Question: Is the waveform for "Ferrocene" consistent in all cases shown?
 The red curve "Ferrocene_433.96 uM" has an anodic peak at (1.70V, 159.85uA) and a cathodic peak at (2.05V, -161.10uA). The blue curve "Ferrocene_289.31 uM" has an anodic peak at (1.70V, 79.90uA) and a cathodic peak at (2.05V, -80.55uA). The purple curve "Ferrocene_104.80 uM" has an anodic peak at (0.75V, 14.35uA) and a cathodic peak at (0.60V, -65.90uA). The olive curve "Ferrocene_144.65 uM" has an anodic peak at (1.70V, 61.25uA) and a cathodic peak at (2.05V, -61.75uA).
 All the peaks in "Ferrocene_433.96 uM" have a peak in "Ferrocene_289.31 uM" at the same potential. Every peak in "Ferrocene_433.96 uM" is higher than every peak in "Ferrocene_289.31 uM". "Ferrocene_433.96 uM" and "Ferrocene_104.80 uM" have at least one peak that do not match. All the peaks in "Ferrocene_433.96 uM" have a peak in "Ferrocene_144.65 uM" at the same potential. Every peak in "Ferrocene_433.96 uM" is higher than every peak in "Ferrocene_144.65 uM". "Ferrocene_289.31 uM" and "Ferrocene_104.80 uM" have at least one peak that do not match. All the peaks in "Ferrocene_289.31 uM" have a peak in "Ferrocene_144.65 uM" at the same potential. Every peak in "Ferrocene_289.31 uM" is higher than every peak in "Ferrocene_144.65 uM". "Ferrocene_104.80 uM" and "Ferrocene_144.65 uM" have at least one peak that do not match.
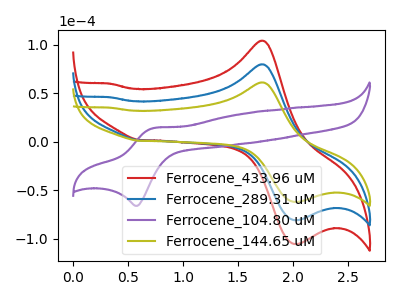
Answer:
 <answer>All the CV's of "Ferrocene" have similar shape.</answer>
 <eval>follow_rule</eval>